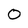
Character: 0